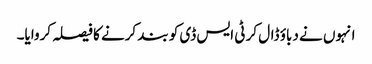
انہوں نے دباؤ ڈال کر ٹی ایس ڈی کو بند کرنے کا فیصلہ کروایا۔